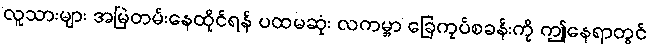
လူသားများ အမြဲတမ်းနေထိုင်ရန် ပထမဆုံး လကမ္ဘာ ခြေကုပ်စခန်းကို ဤနေရာတွင်